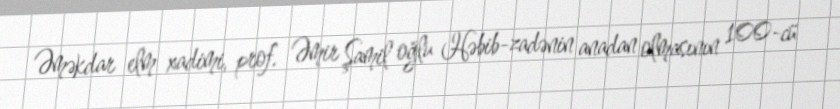
Əməkdar elm xadimi, prof. Əmir Şamil oğlu Həbib-zadənin anadan olmasının 100-cü